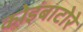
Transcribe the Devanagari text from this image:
कोइंबाटोरे